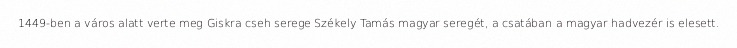
1449-ben a város alatt verte meg Giskra cseh serege Székely Tamás magyar seregét, a csatában a magyar hadvezér is elesett.